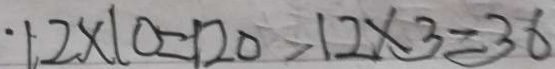
1 2 \times 1 0 = 1 2 0 > 1 2 \times 3 = 3 6